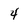
Character: 4